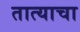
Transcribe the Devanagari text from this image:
तात्याचा